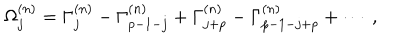
\Omega _ { j } ^ { ( n ) } = \Gamma _ { j } ^ { ( n ) } - \Gamma _ { p - 1 - j } ^ { ( n ) } + \Gamma _ { j + p } ^ { ( n ) } - \Gamma _ { p - 1 - j + p } ^ { ( n ) } + \cdots ~ ,